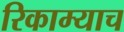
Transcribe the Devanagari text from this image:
रिकाम्याच